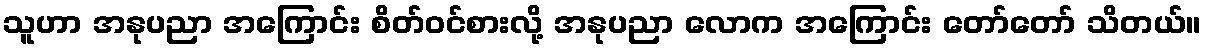
သူဟာ အနုပညာ အကြောင်း စိတ်ဝင်စားလို့ အနုပညာ လောက အကြောင်း တော်တော် သိတယ်။